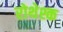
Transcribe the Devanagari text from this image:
रोथेश्क